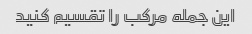
این جمله مرکب را تقسیم کنید